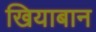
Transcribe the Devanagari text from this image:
खियाबान